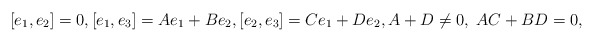
\begin{align*} [e_1, e_2]=0, [e_1,e_3]=A e_1 + B e_2, [e_2,e_3]=C e_1+D e_2, A+D\neq 0, \; AC+BD =0,\end{align*}